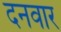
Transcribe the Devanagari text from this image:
दनवार